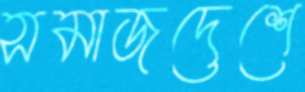
সমাজদেশে